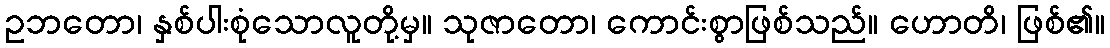
ဥဘတော၊ နှစ်ပါးစုံသောလူတို့မှ။ သုဇာတော၊ ကောင်းစွာဖြစ်သည်။ ဟောတိ၊ ဖြစ်၏။